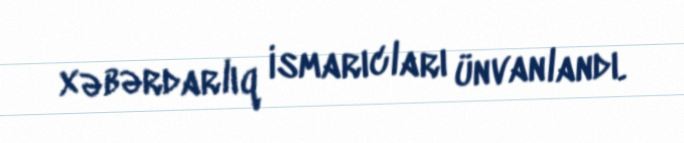
xəbərdarlıq ismarıcları ünvanlandı.